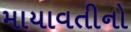
માયાવતીનો